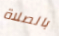
بالصلاة